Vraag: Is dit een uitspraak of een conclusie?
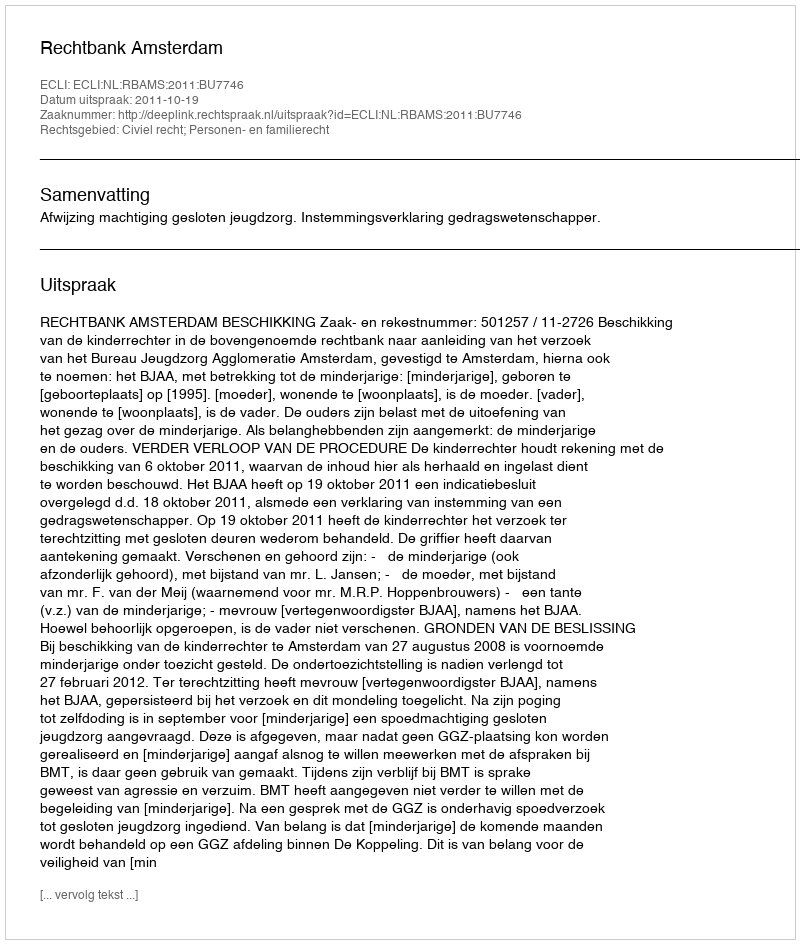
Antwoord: Uitspraak